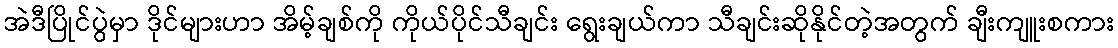
အဲဒီပြိုင်ပွဲမှာ ဒိုင်များဟာ အိမ့်ချစ်ကို ကိုယ်ပိုင်သီချင်း ရွေးချယ်ကာ သီချင်းဆိုနိုင်တဲ့အတွက် ချီးကျူးစကား